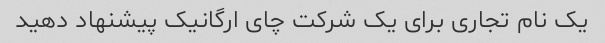
یک نام تجاری برای یک شرکت چای ارگانیک پیشنهاد دهید